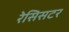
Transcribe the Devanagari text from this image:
रेसिसटर